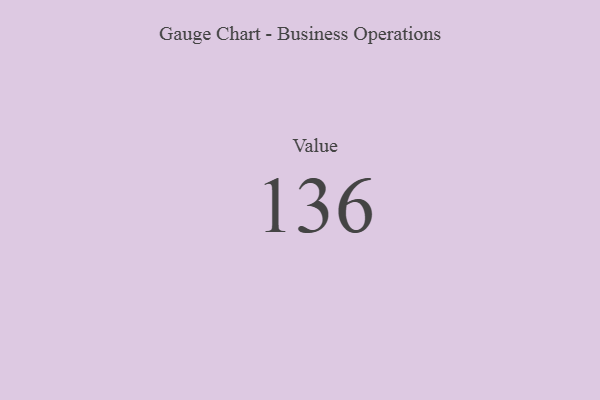
{"axis": {"x": "Metric", "y": "Value"}, "legend": [""], "data": [{"x": "Value", "y": 136, "type": ""}]}